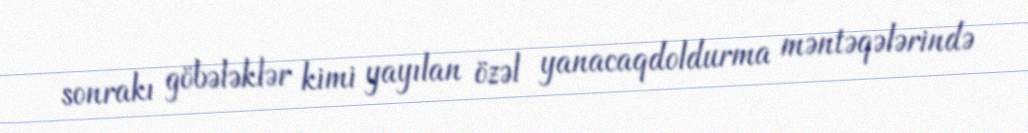
sonrakı göbələklər kimi yayılan özəl yanacaqdoldurma məntəqələrində